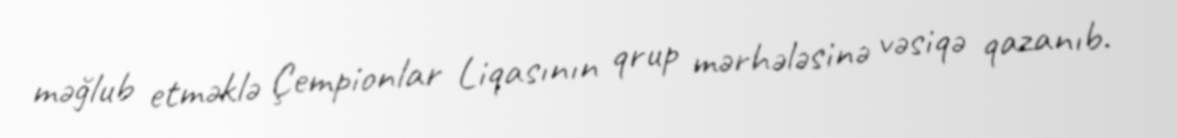
məğlub etməklə Çempionlar Liqasının qrup mərhələsinə vəsiqə qazanıb.